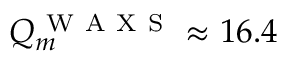
Q _ { m } ^ { \mathrm { ~ W ~ A ~ X ~ S ~ } } \approx 1 6 . 4